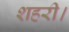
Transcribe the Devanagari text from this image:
शहरी।